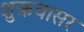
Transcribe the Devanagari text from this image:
शुक्रवासर